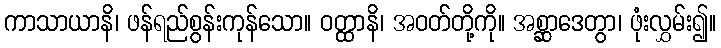
ကာသာယာနိ၊ ဖန်ရည်စွန်းကုန်သော။ ဝတ္ထာနိ၊ အဝတ်တို့ကို။ အစ္ဆာဒေတွာ၊ ဖုံးလွှမ်း၍။